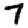
Digit: 7